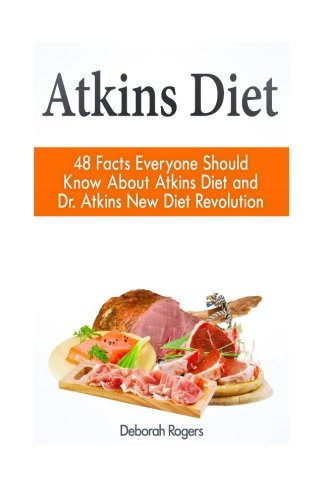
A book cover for Atkins Diet: 48 Facts Everyone Should Know About Atkins Diet and Dr Atkins New Diet Revolution (Atkins Diet, Atkins Diet Cookbook, Atkins Diet Plan); Deborah Rogers; Health, Fitness & Dieting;